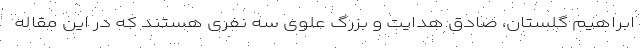
ابراهیم گلستان، صادق هدایت و بزرگ علوی سه نفری هستند که در این مقاله